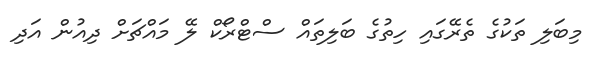
މިބަލި ތަކުގެ ތެރޭގައި ހިތުގެ ބަލިތައް ސްޓްރޯކް ލޭ މައްޗަށް ދިއުން އަދި